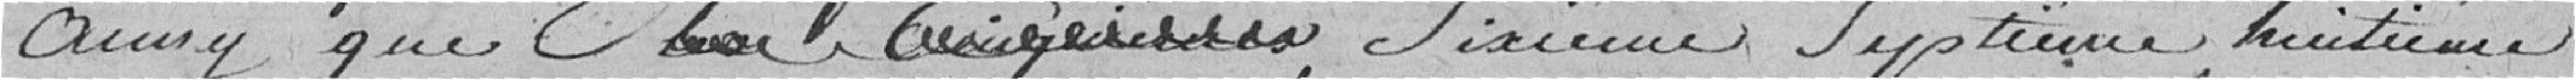
ainsi que xxxxxxxxx sixième, septième, huitème,